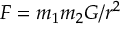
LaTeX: F = m _ { 1 } m _ { 2 } G / r ^ { 2 }